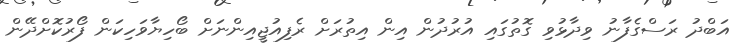
އަބްދު ރަސްގެފާނު ވިދާޅުވި ގޮތުގައި އުރުދުން އިން އިތުރަށް ރެފިއުޖީއިންނަށް ބޯހިޔާވަހިކަން ފޯރުކޮށްދޭން